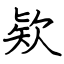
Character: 欵